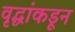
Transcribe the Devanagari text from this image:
वृद्धांकडून